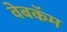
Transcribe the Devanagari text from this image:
वेबकॅम